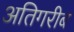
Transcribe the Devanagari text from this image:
अतिगरीब